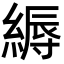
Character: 縟